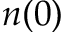
n ( 0 )